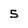
Character: 5